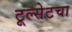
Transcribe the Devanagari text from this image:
टूल्सेटचा